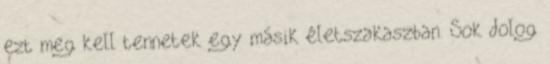
ezt meg kell tennetek egy másik életszakaszban. Sok dolog